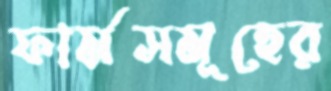
ফার্মসমূহের